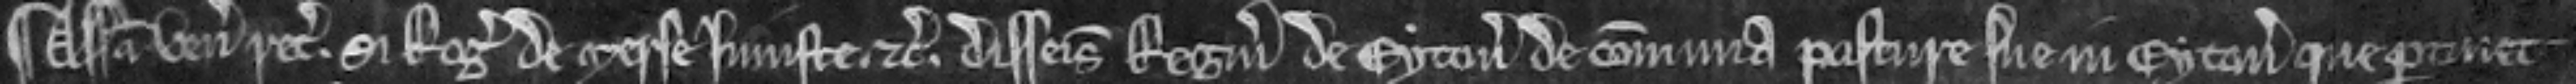
¶ Assisa venit recognitura. si Rogerus de Merse injuste. etc. disseisivit Reginaldum de Eyton de communa pasture sue in Eyton que pertinet